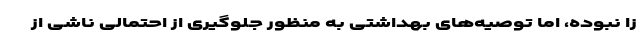
زا نبوده، اما توصیه‌های بهداشتی به منظور جلوگیری از احتمالی ناشی از